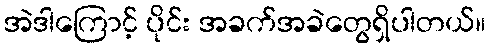
အဲဒါကြောင့် ပိုင်း အခက်အခဲတွေရှိပါတယ်။